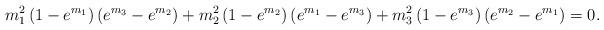
LaTeX: \begin{align*}m_1^2\left(1-e^{m_1}\right)\left(e^{m_3}-e^{m_2}\right)+m_2^2\left(1-e^{m_2}\right)\left(e^{m_1}-e^{m_3}\right)+m_3^2\left(1-e^{m_3}\right)\left(e^{m_2}-e^{m_1}\right)=0. \end{align*}